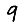
Digit: 9